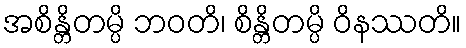
အစိန္တိတမ္ပိ ဘဝတိ၊ စိန္တိတမ္ပိ ဝိနဿတိ။